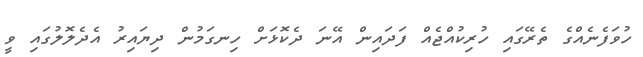
ހުވަފެނެއްގެ ތެރޭގައި ހުރިކުއްޖެއް ފަދައިން އޭނަ ދެކޮޅަށް ހިނގަމުން ދިޔައިރު އެދެލޮލުގައި ވީ